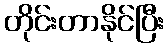
တိုင်းတာနိုင်ပြီး